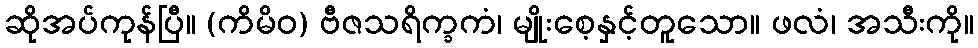
ဆိုအပ်ကုန်ပြီ။ (ကိမိဝ) ဗီဇသရိက္ခကံ၊ မျိုးစေ့နှင့်တူသော။ ဖလံ၊ အသီးကို။